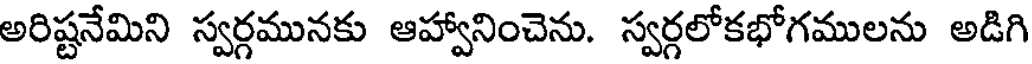
అరిష్టనేమిని స్వర్గమునకు ఆహ్వానించెను. స్వర్గలోకభోగములను అడిగి